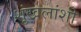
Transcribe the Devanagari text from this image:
शृंखलांशी